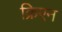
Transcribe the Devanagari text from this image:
क्रिएन